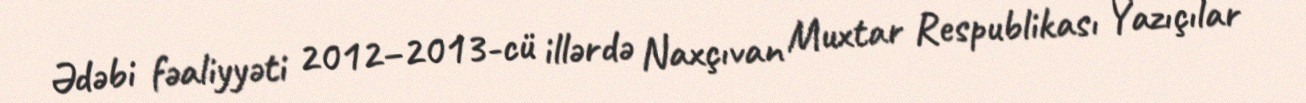
Ədəbi fəaliyyəti 2012–2013-cü illərdə Naxçıvan Muxtar Respublikası Yazıçılar